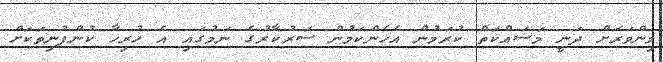
މިންވަރަށް ދަނީ މަސައްކަތް ކުރަމުން އެހެންކަމުން ސަރުކާރުގެ ނަމުގައި އެ ހުރިހާ ކުންފުނިތަކަށް